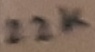
Text: 22K